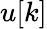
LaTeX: \displaystyle u[k]